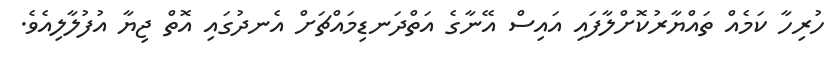
ހުރިހާ ކަމެއް ތައްޔާރުކޮށްލާފައި އައިސް އޭނާގެ އަތްދަނޑިމައްޗަށް އެނދުގައި އޮތް ޖިޔާ އުފުލާލިއެވެ.